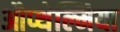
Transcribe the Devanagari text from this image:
औप्थेल्मिया